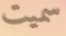
سميت